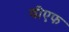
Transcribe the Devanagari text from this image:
वीएफ